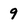
Character: 9